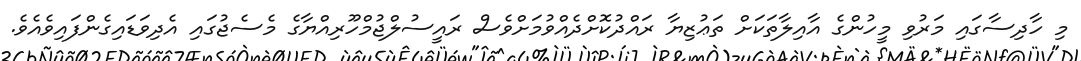
މި ހާދިސާގައި މަރުވި މީހުންގެ އާއިލާތަކަށް ތަޢުޒިޔާ ރައްދުކޮށްދެއްވުމަށްވެސް ރައީސުލްޖުމްހޫރިއްޔާގެ މެސެޖުގައި އެދިވަޑައިގެންފައިވެއެވެ.